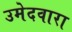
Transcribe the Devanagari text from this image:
उमेदवारा